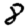
Digit: 8